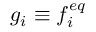
g _ { i } \equiv f _ { i } ^ { e q }